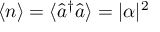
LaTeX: ~ \langle n \rangle = \langle { \hat { a } } ^ { \dagger } { \hat { a } } \rangle = | \alpha | ^ { 2 }